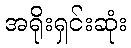
အရိုးရှင်းဆုံး